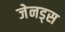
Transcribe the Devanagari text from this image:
जेनड्स